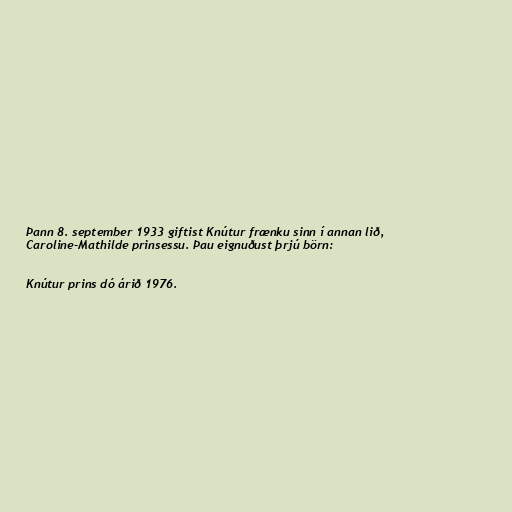
Þann 8. september 1933 giftist Knútur frænku sinn í annan lið,
Caroline-Mathilde prinsessu. Þau eignuðust þrjú börn:

Knútur prins dó árið 1976.